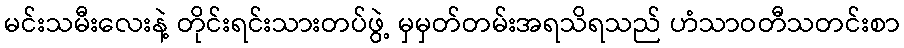
မင်းသမီးလေးနဲ့ တိုင်းရင်းသားတပ်ဖွဲ့ မှမှတ်တမ်းအရသိရသည် ဟံသာဝတီသတင်းစာ